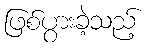
ဖြစ်ပွားခဲ့သည့်